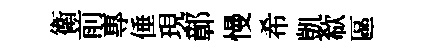
衛前專倕現鄣慢希凱欷區